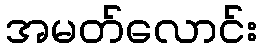
အမတ်လောင်း